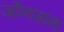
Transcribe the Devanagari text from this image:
जोंनसन